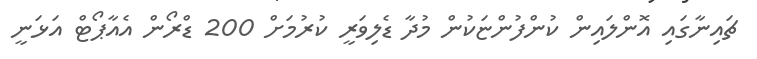
ޗައިނާގައި އޮންލައިން ކުންފުންޏަކުން މުދާ ޑެލިވަރީ ކުރުމަށް 200 ޑްރޯން އެއާޕޯޓް އަޅަނީ